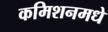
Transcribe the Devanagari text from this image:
कमिशनमधे